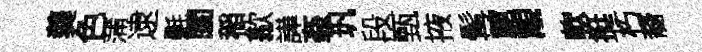
羮色蒲逮氎閨稲歙譁姦㺬段甄掖髯麓覯軟挺朽裔